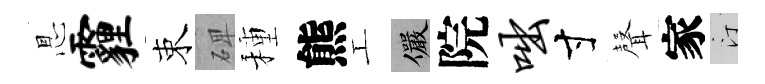
㤙霾束𥓓種熊工儼院咄寸𮋻家汀